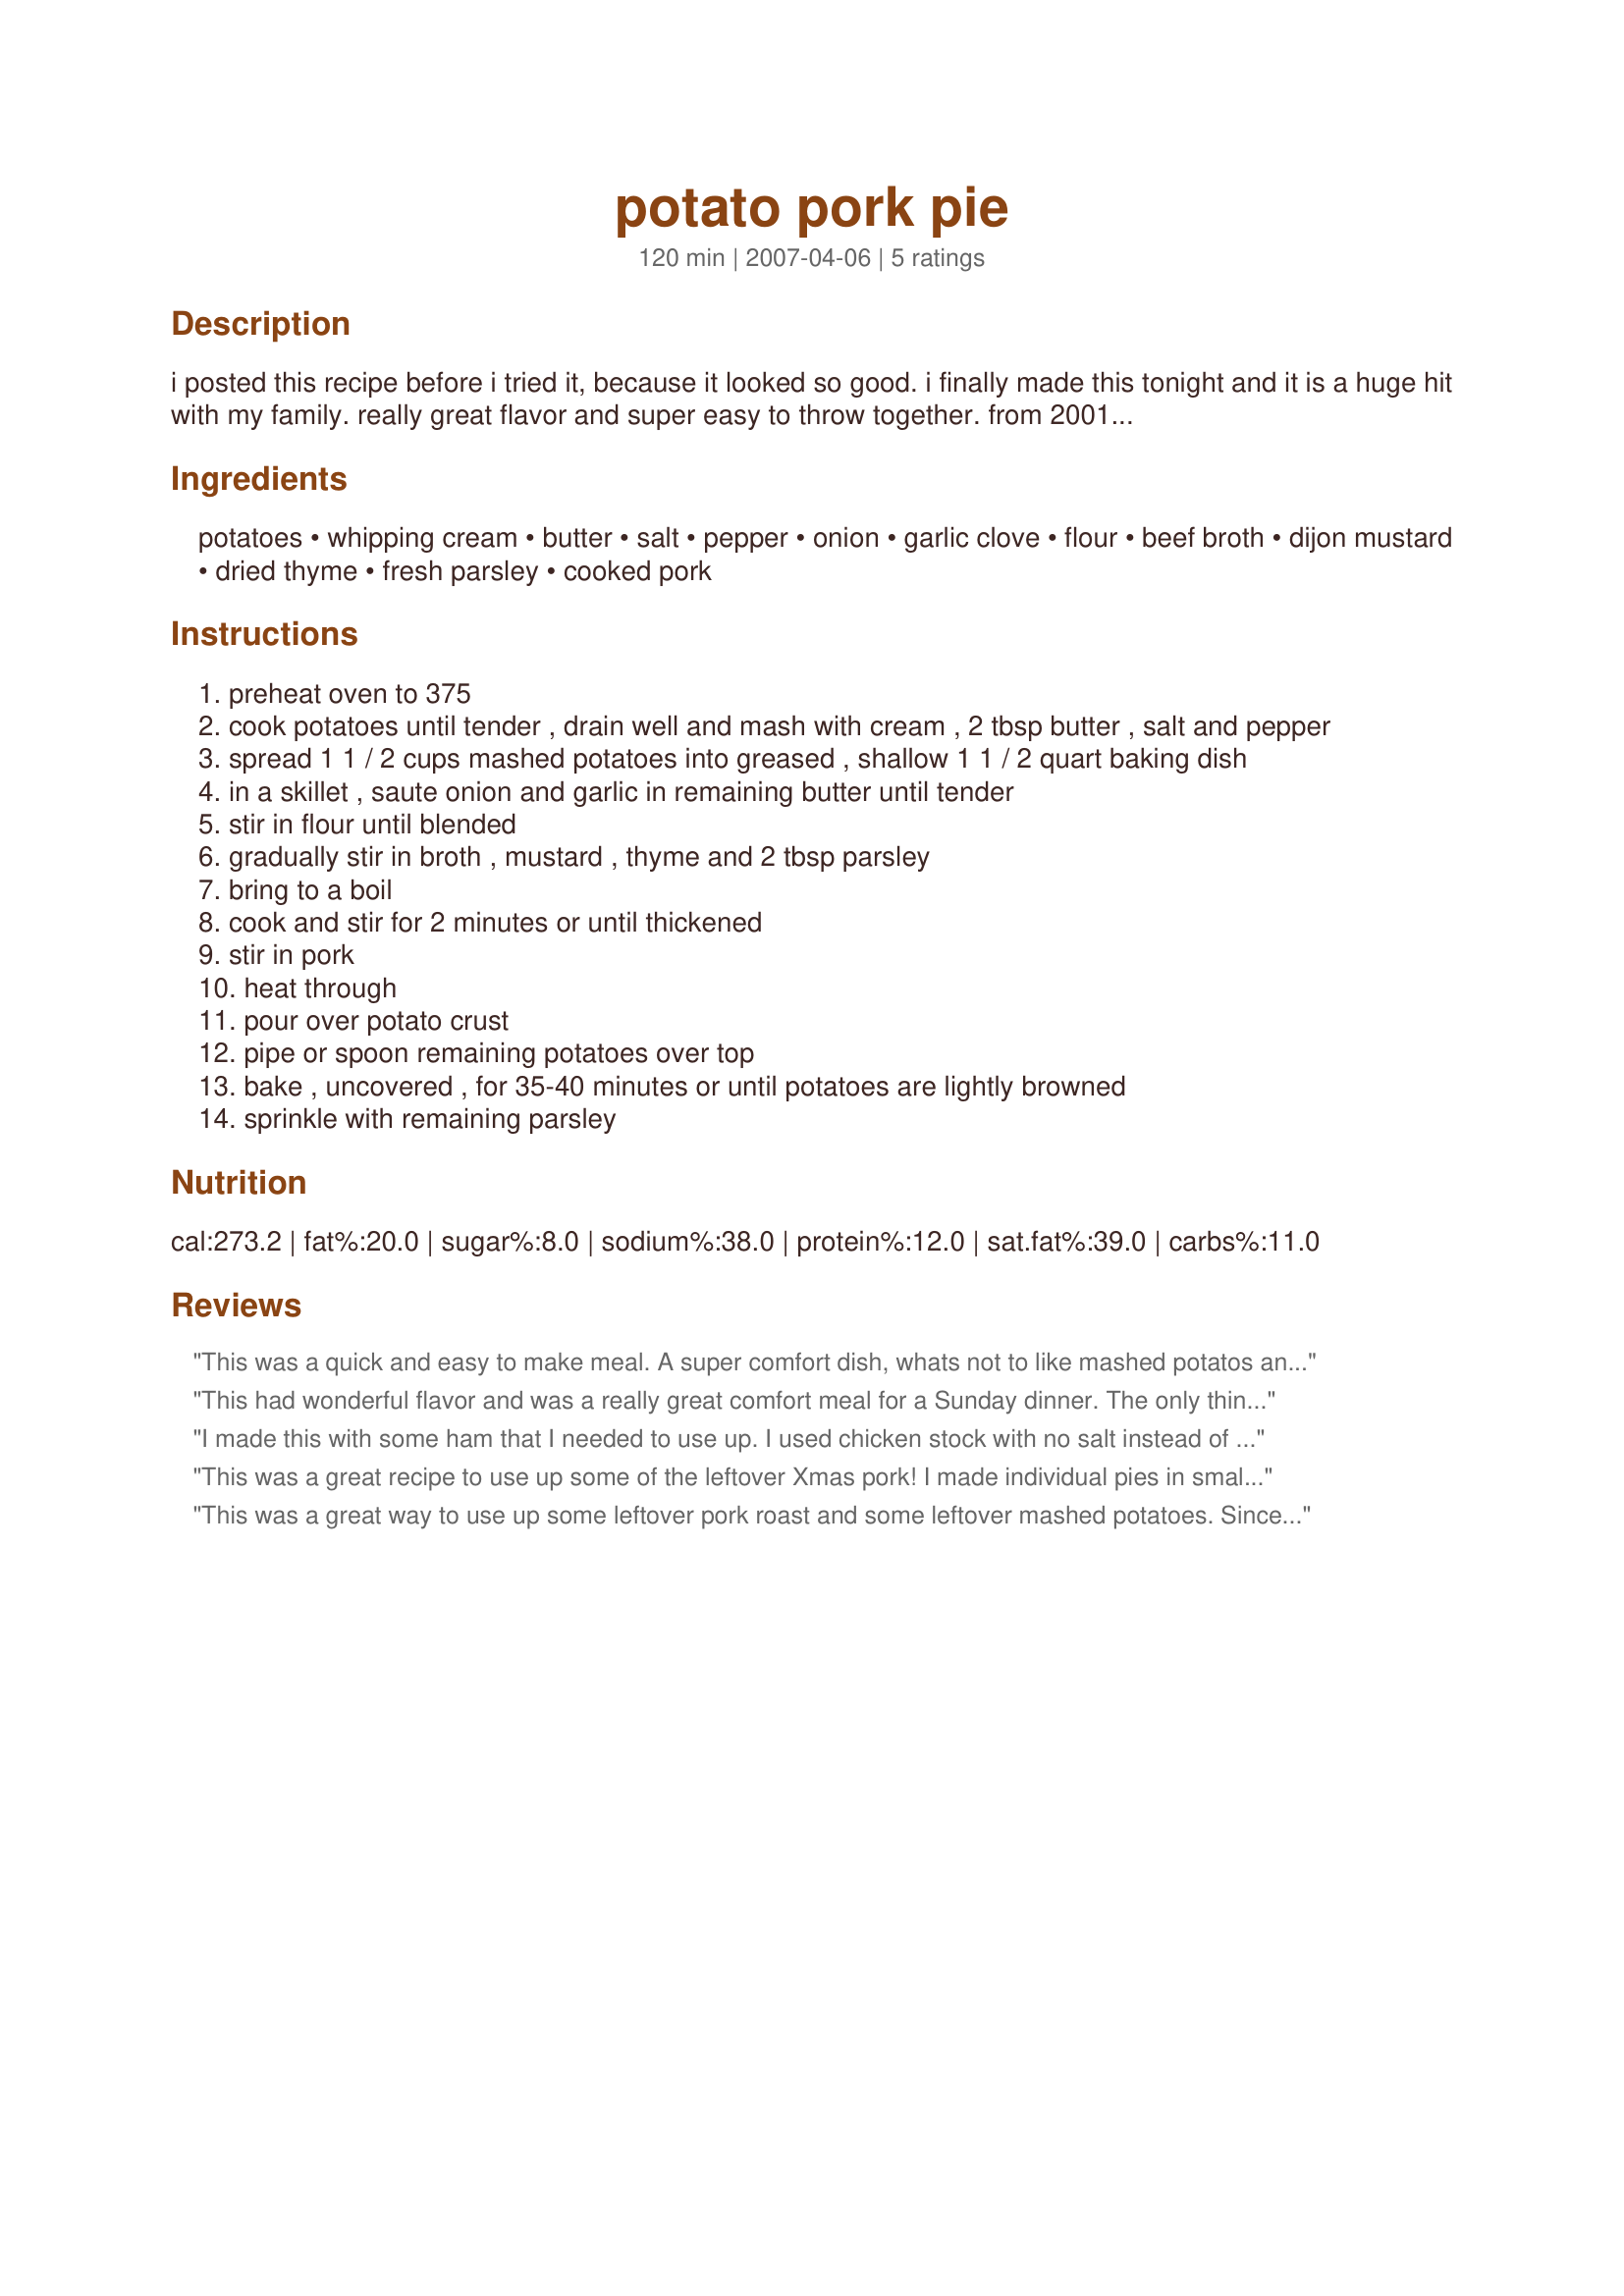
potato pork pie
Preparation time: 120 minutes

i posted this recipe before i tried it, because it looked so good. i finally made this tonight and it is a huge hit with my family. really great flavor and super easy to throw together. from 2001 taste of home annual cookbook.

Ingredients:
potatoes, whipping cream, butter, salt, pepper, onion, garlic clove, flour, beef broth, dijon mustard, dried thyme, fresh parsley, cooked pork

Steps:
preheat oven to 375
cook potatoes until tender , drain well and mash with cream , 2 tbsp butter , salt and pepper
spread 1 1 / 2 cups mashed potatoes into greased , shallow 1 1 / 2 quart baking dish
in a skillet , saute onion and garlic in remaining butter until tender
stir in flour until blended
gradually stir in broth , mustard , thyme and 2 tbsp parsley
bring to a boil
cook and stir for 2 minutes or until thickened
stir in pork
heat through
pour over potato crust
pipe or spoon remaining potatoes over top
bake , uncovered , for 35-40 minutes or until potatoes are lightly browned
sprinkle with remaining parsley

Reviews:
This was a quick and easy to make meal. A super comfort dish, whats not to like mashed potatos and gravy...ummm The gravy has a nice flavor...thanks for sharing
This had wonderful flavor and was a really great comfort meal for a Sunday dinner. The only thing i did different was forget to use thyme and added milk, instead of cream, to the potatoes. I served this with a simple romaine salad and Recipe #141122. Thanks so much for the great dinner!
I made this with some ham that I needed to use up. I used chicken stock with no salt instead of the canned broth, to make up for the saltiness of the ham. I also used milk instead of cream. I would cut down on the thyme next time for sure. My husband has asked me to make it again!
This was a great recipe to use up some of the leftover Xmas pork! I made individual pies in small dishes and it was a big hit.
This was a great way to use up some leftover pork roast and some leftover mashed potatoes. Since the roast already had a nice amount of thyme flavor, this recipe worked perfectly for it! Thank you for posting.
